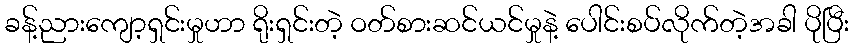
ခန့်ညားကျော့ရှင်းမှုဟာ ရိုးရှင်းတဲ့ ဝတ်စားဆင်ယင်မှုနဲ့ ပေါင်းစပ်လိုက်တဲ့အခါ ပိုပြီး